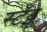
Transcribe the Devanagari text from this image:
स्टँड्स